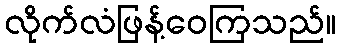
လိုက်လံဖြန့်ဝေကြသည်။